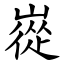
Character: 嵸